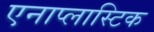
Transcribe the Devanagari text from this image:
एनाप्लास्टिक